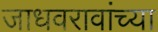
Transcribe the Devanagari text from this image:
जाधवरावांच्या